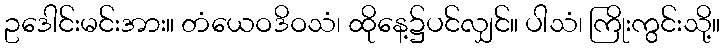
ဥဒေါင်းမင်းအား။ တံယေဝဒိဝသံ၊ ထိုနေ့၌ပင်လျှင်။ ပါသံ၊ ကြိုးကွင်းသို့။